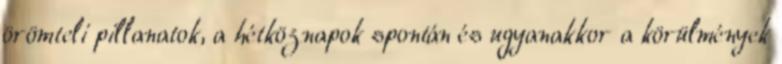
örömteli pillanatok, a hétköznapok spontán és ugyanakkor a körülmények